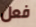
فعل